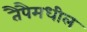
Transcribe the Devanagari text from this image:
तैपैमधील